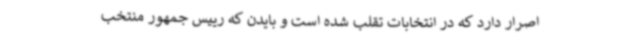
اصرار دارد که در انتخابات تقلب شده است و بایدن که رییس جمهور منتخب